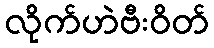
လိုက်ဟဲဗီးဝိတ်